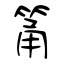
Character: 筩